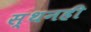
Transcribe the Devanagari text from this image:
स्थनही